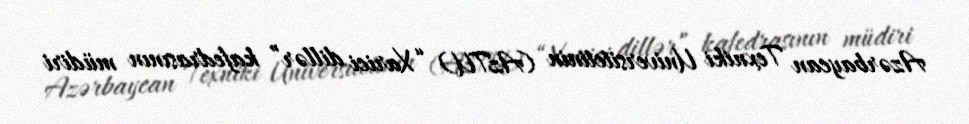
Azərbaycan Texniki Universitetinin (AzTU) “Xarici dillər” kafedrasının müdiri